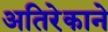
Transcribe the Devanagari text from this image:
अतिरेकाने